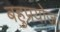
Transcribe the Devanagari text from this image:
बहुप्रयोज